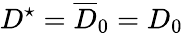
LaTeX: D^{\star}=\overline{{D}}_{0}=D_{0}